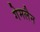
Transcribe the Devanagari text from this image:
गेमलैन